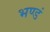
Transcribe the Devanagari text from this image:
भण्डं